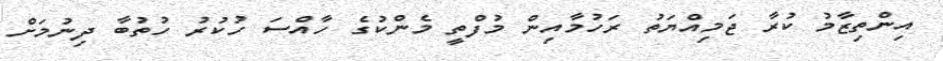
އިންތިޒާމު ކުރާ ޖަމިއްޔަތު ރަހުމާއިން މުފްތީ މެންކުގެ ހާއްސަ ހުކުރު ހުތުބާ ދިނުމަށް